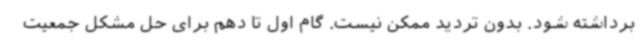
برداشته شود. بدون تردید ممکن نیست. گام اول تا دهم برای حل مشکل جمعیت